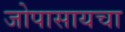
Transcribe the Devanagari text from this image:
जोपासायचा